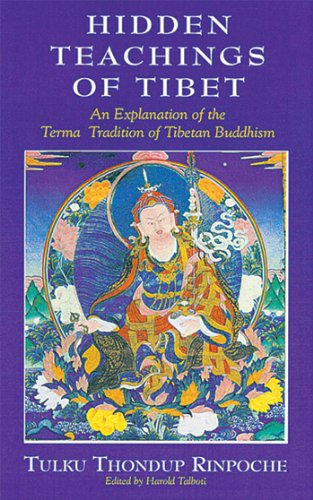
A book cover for Hidden Teachings of Tibet: An Explanation of the Terma Tradition of Tibetan Buddhism; Tulku Thondup Rinpoche; Religion & Spirituality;